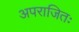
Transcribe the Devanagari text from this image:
अपराजितः